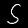
Label: 5